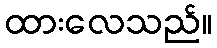
ထားလေသည်။